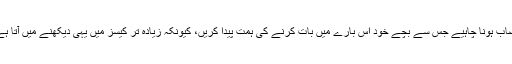
ان کا کہنا تھا کہ دوسری ذمہ داری تعلیمی اداروں کی ہے جہاں ایسا نصاب ہونا چاہیے جس سے بچے خود اس بارے میں بات کرنے کی ہمت پیدا کریں، کیونکہ زیادہ تر کیسز میں یہی دیکھنے میں آتا ہے کہ بچے اپنے ساتھ پیش آنے والے واقعہ کو بتانے سے گھبراتے ہیں۔